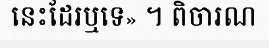
នេះដែរឬទេ» ។ ពិចារណ